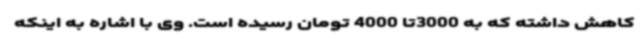
کاهش داشته که به 3000تا 4000 تومان رسیده است. وی با اشاره به اینکه